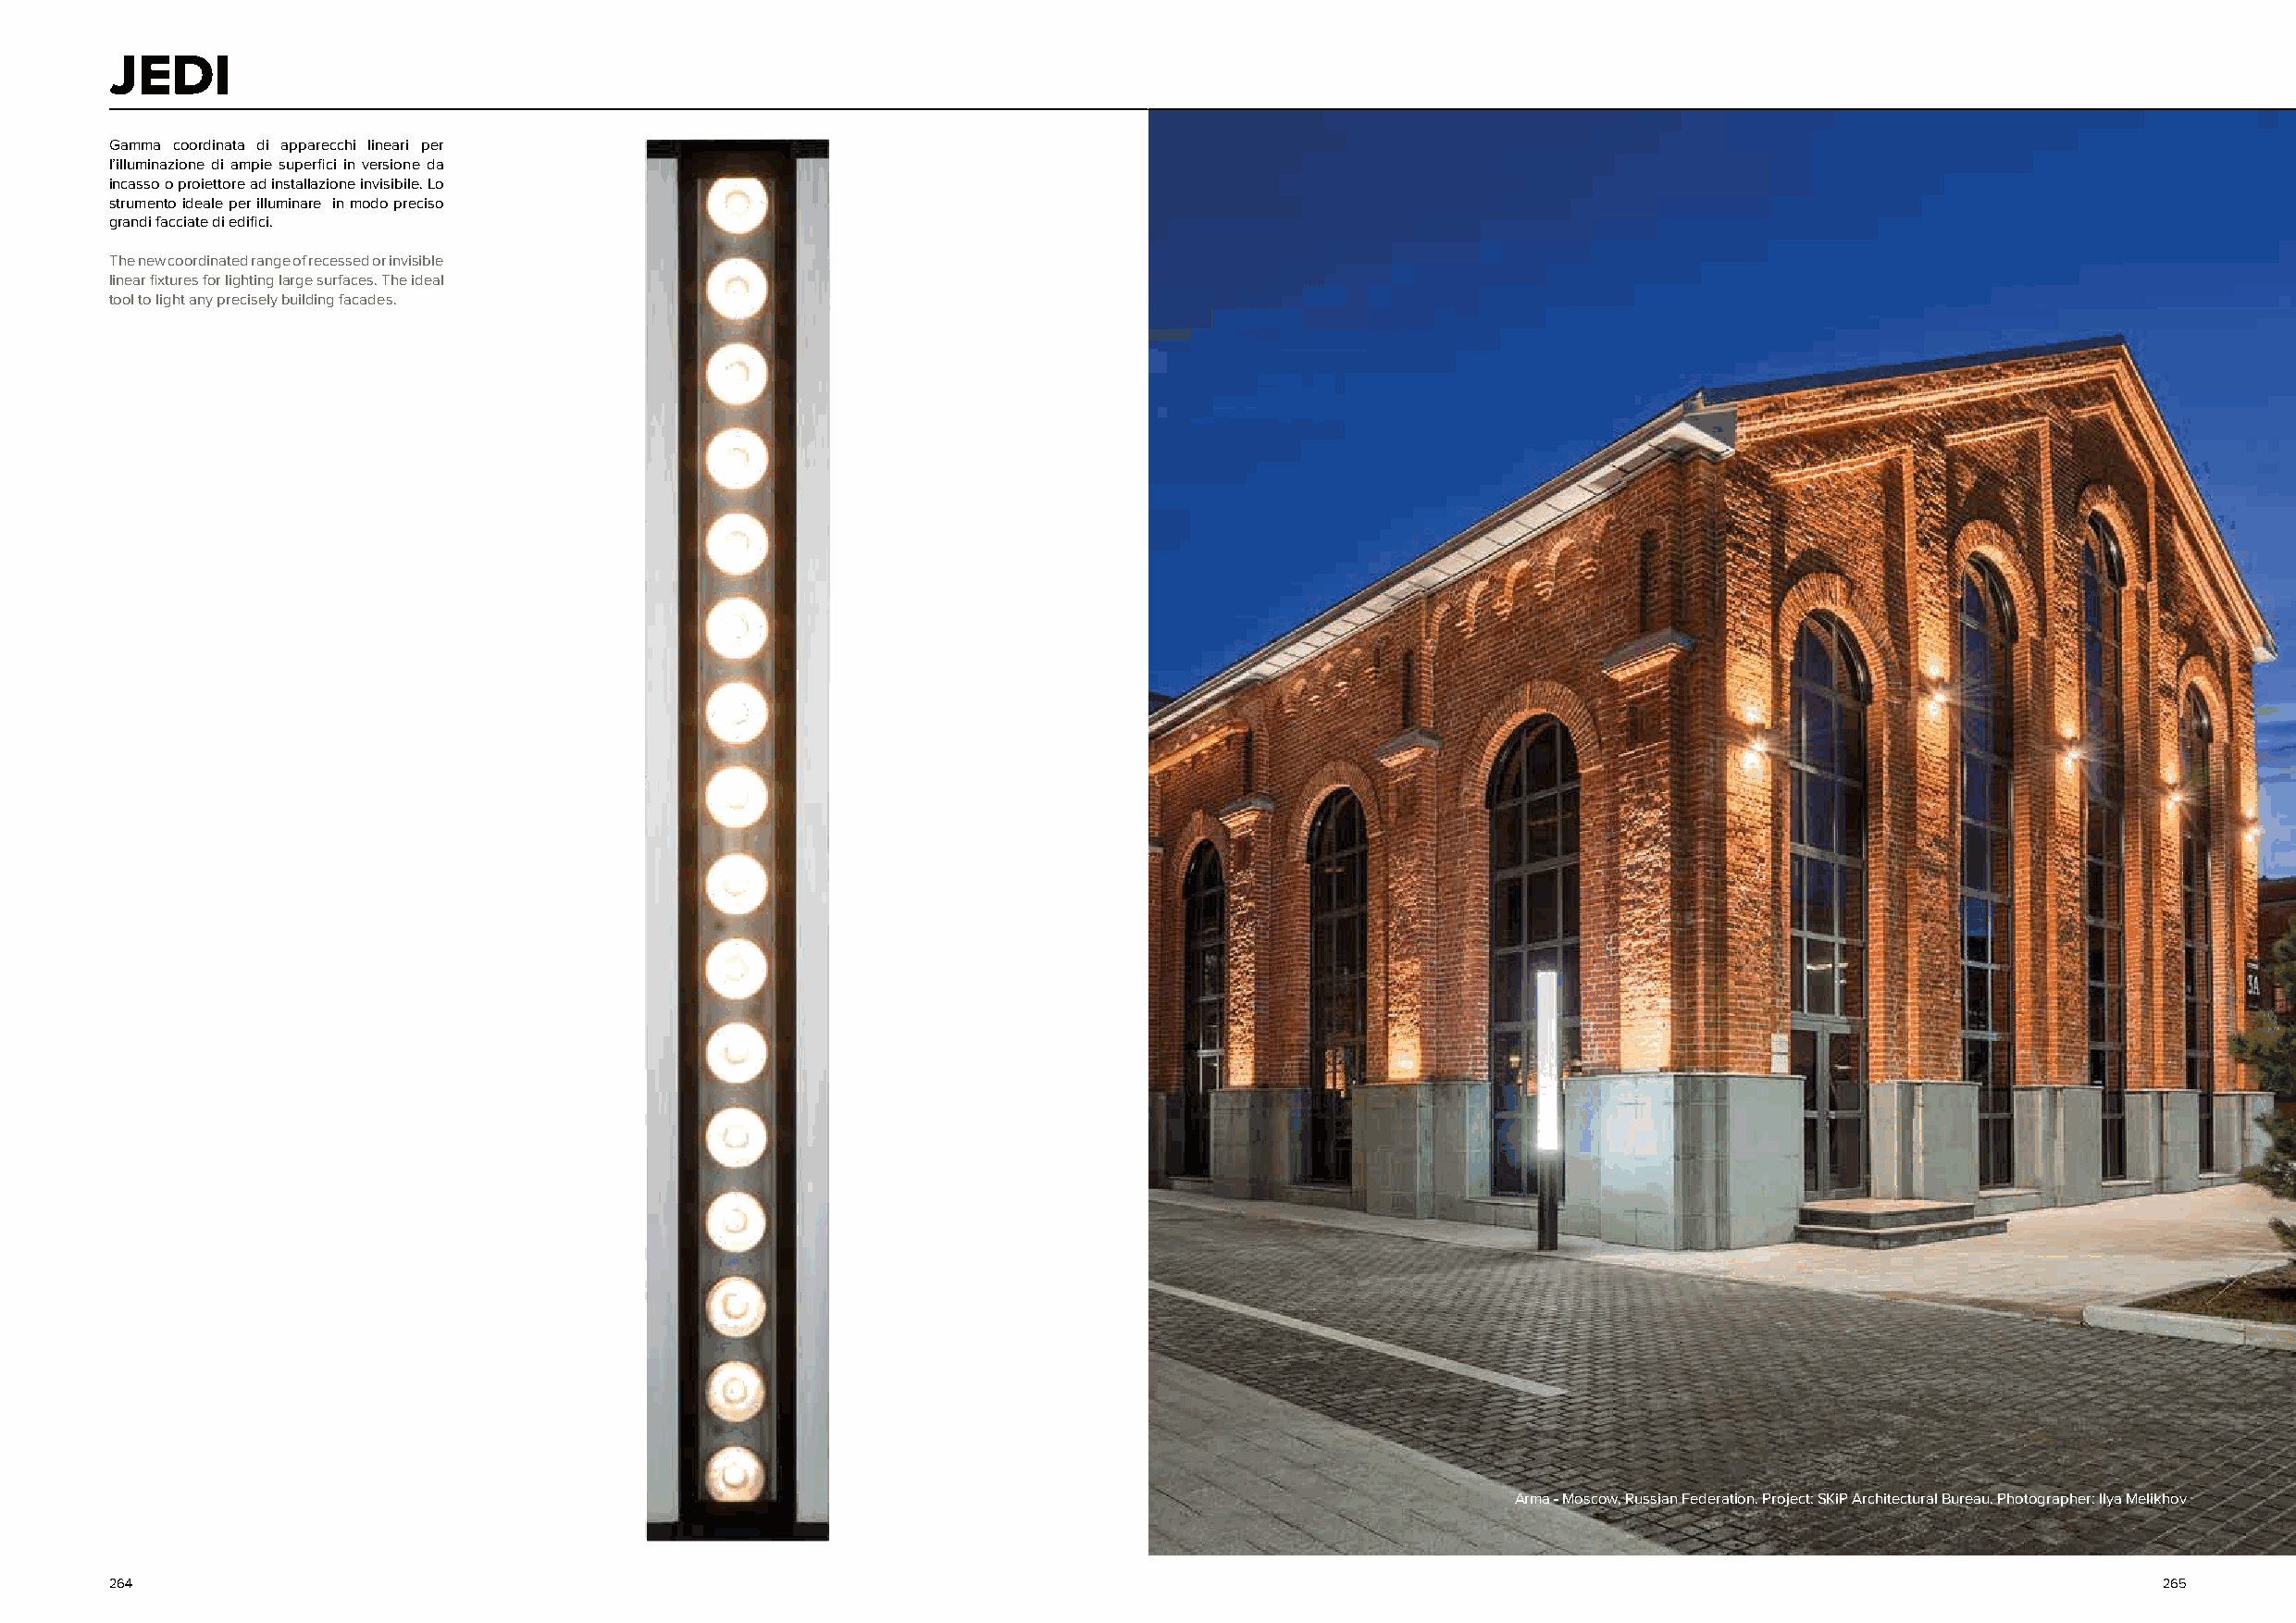
JEDI
 Gamma coordinata di apparecchi lineari per
 l’illuminazione di ampie superfici in versione da
 incasso o proiettore ad installazione invisibile. Lo
 strumento ideale per illuminare in modo preciso
 grandi facciate di edifici.
 The new coordinated range of recessed or invisible
 linear fixtures for lighting large surfaces. The ideal
 tool to light any precisely building facades.
 Arma - Moscow, Russian Federation. Project: SKiP Architectural Bureau. Photographer: Ilya Melikhov
 264                                                                                                                                                265